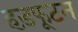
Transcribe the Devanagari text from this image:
हड़फूटन